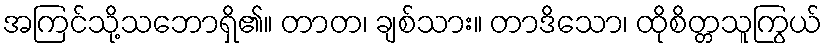
အကြင်သို့သဘောရှိ၏။ တာတ၊ ချစ်သား။ တာဒိသော၊ ထိုစိတ္တသူကြွယ်